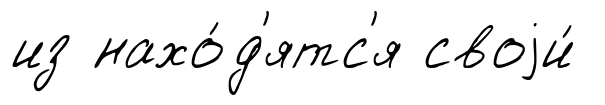
из нахо́д'ятс'я своjи́